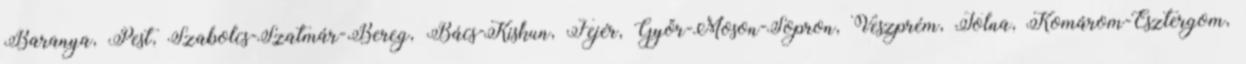
Baranya, Pest, Szabolcs-Szatmár-Bereg, Bács-Kiskun, Fejér, Győr-Moson-Sopron, Veszprém, Tolna, Komárom-Esztergom,